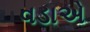
વડાએ